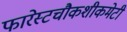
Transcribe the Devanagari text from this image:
फारेस्टचौकशीकमेटी